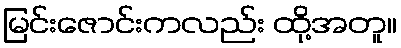
မြင်းဇောင်းကလည်း ထို့အတူ။